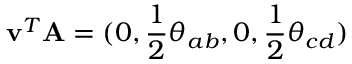
\mathbf { v } ^ { T } \mathbf { A } = ( 0 , \frac { 1 } { 2 } \theta _ { a b } , 0 , \frac { 1 } { 2 } \theta _ { c d } )